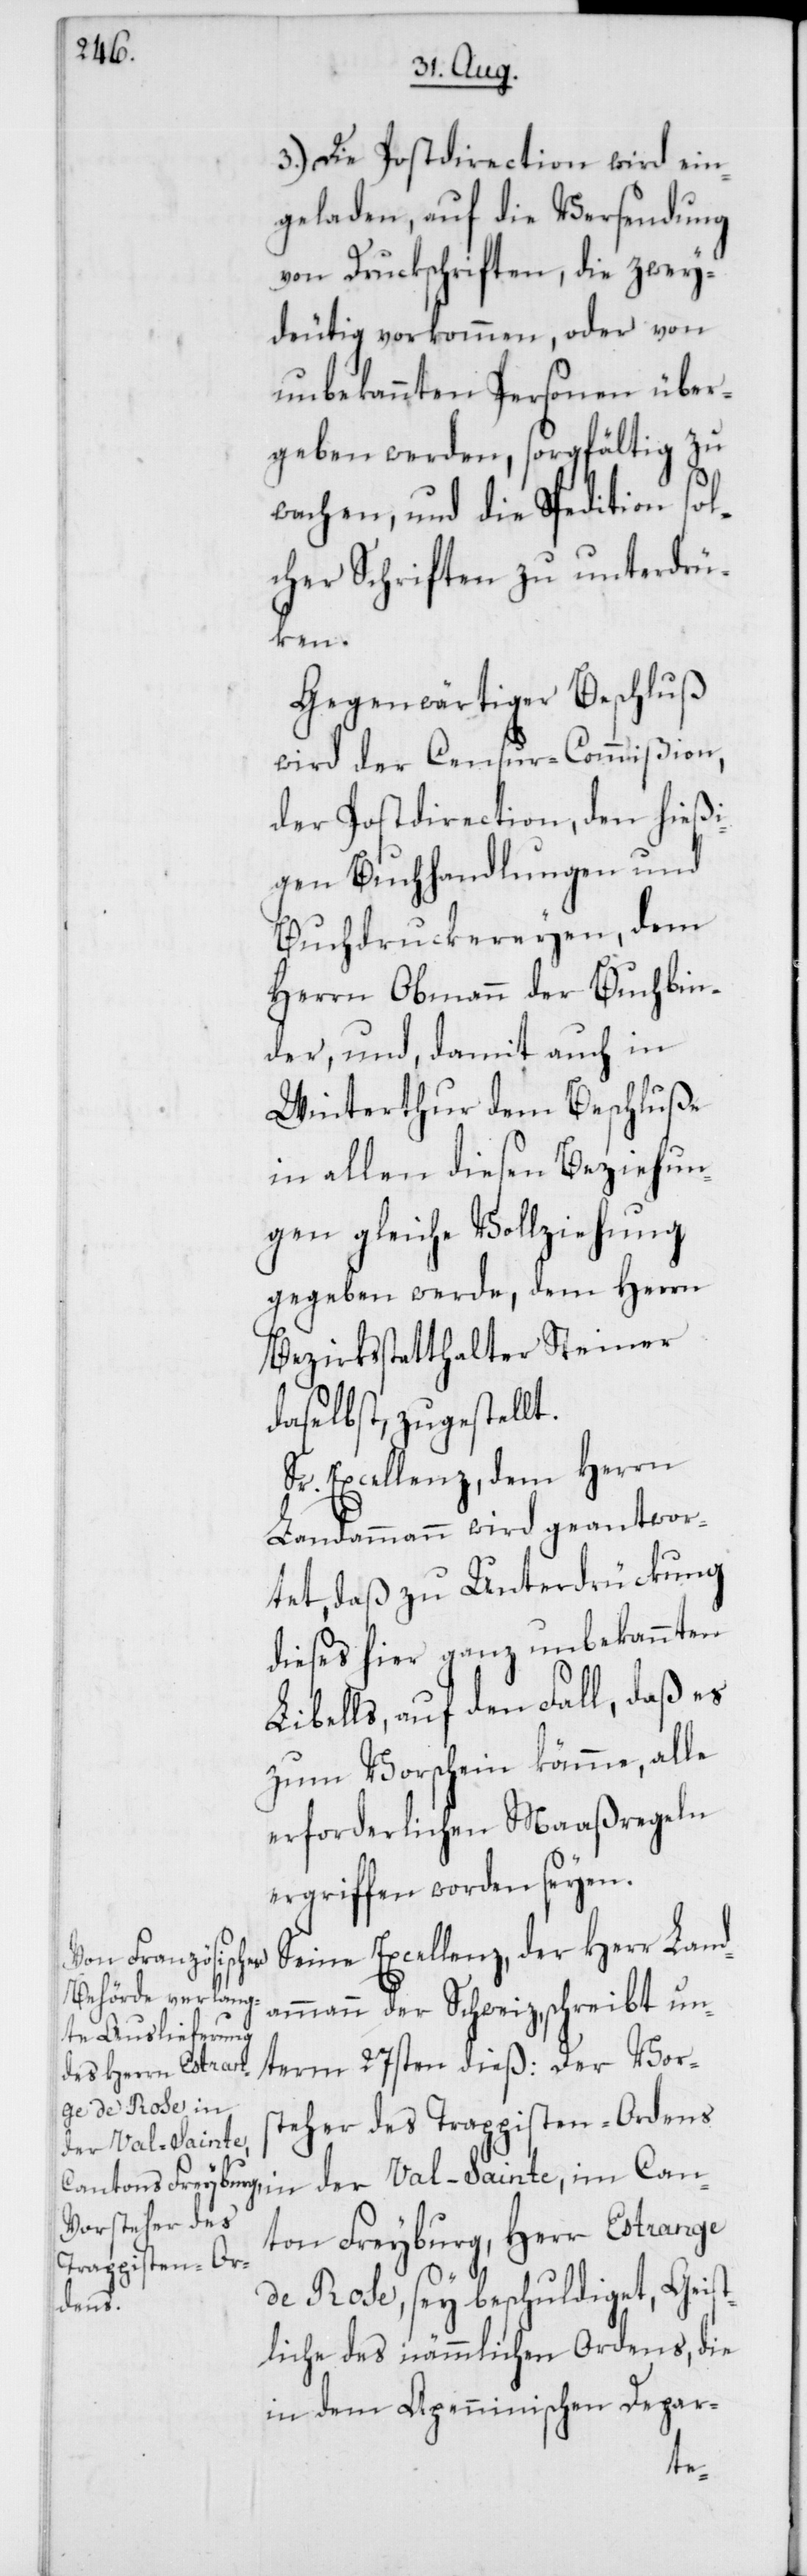
3.) Die Postdirection wird ein¬
geladen, auf die Versendung
von Druckschriften, die zwey¬
deutig vorkommen, oder von
unbekannten Personen über¬
geben werden, sorgfältig zu
wachen, und die Spedition sol¬
cher Schriften zu unterdrü¬
ken.
Gegenwärtiger Beschluß
wird der Censur-Commißion,
der Postdirection, den hießi¬
gen Buchhandlungen und
Buchdruckereyen, dem
Herrn Obmann der Buchbin¬
der, und damit auch in
Winterthur dem Beschluße
in allen diesen Beziehun¬
gen gleiche Vollziehung
gegeben werde, dem Herrn
Bezirksstatthalter Steiner
daselbst, zugestellt.
Sr. Excellenz, dem Herrn
Landammann wird geantwor¬
tet, daß zu Unterdrückung
dieses hier ganz unbekannten
Libells, auf den Fall, daß es
zum Vorschein kämme, alle
erforderlichen Maaßregeln
ergriffen worden seyen.
Seine Excellenz, der Herr Land¬
ammann der Schweiz, schreibt un¬
term 27sten dieß: Der Vor¬
steher des Trappisten-Ordens
der Val-Sainte,
ton Freyburg, Herr Estrange
de Rose, sey beschuldiget, Geis¬
Can¬
tliche des nämmlichen Ordens, die
in dem Apenninischen Depar-